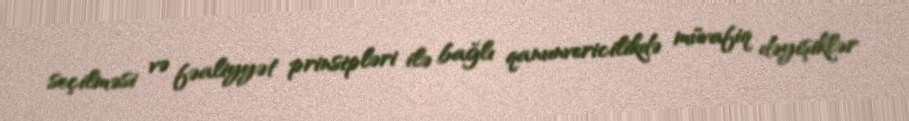
seçilməsi və fəaliyyət prinsipləri ilə bağlı qanunvericilikdə müvafiq dəyişiklər